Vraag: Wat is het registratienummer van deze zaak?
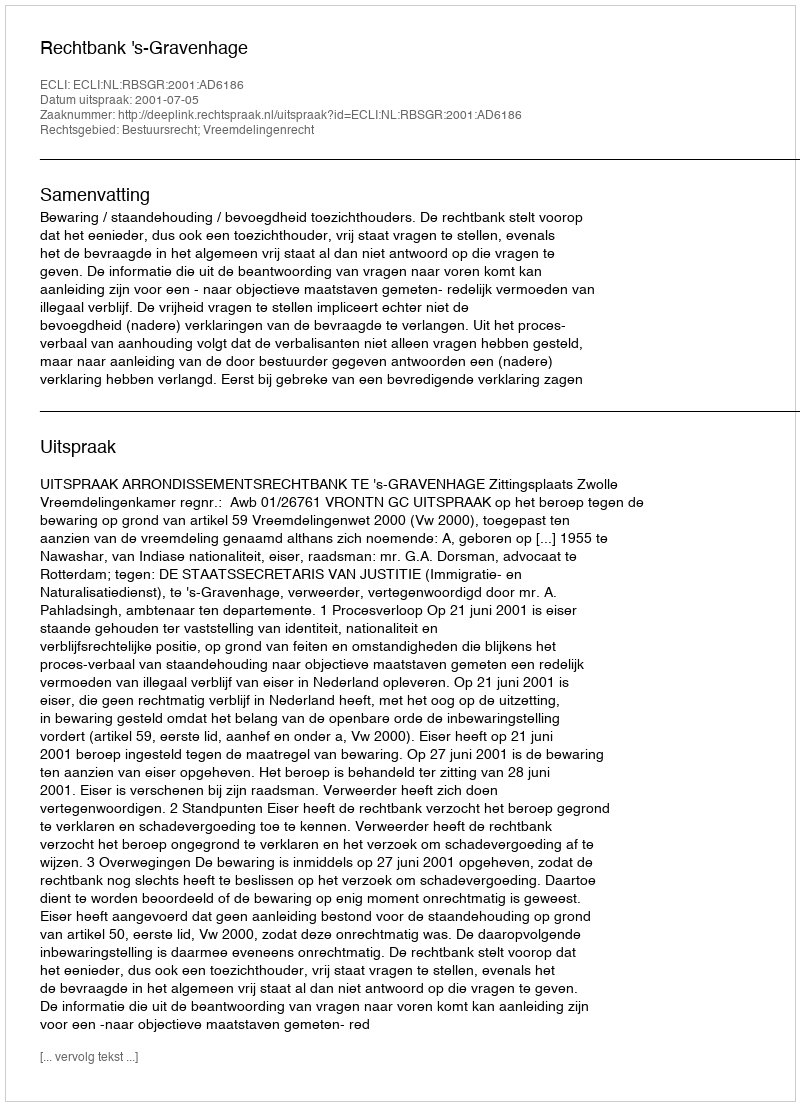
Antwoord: http://deeplink.rechtspraak.nl/uitspraak?id=ECLI:NL:RBSGR:2001:AD6186